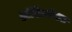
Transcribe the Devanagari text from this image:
हॉरिज़ॉण्टल